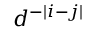
d ^ { - | i - j | }